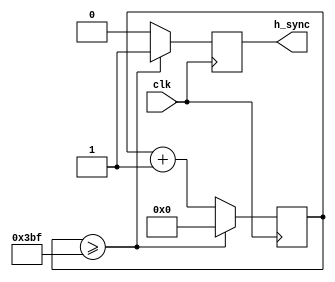
module h_sync_generator (
    input wire clk,
    output reg h_sync
);

reg [10:0] h_counter;

always @(posedge clk) begin
    if (h_counter >= 959) begin
        h_counter <= 0;
        h_sync <= 1;
    end else begin
        h_counter <= h_counter + 1;
        h_sync <= 0;
    end
end

endmodule